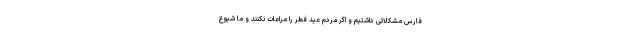
فارس مشکلاتی داشتیم و اگر مردم عید فطر را مراعات نکنند و ما شیوع